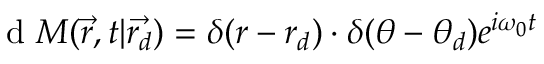
\textrm { d } M ( \overrightarrow { r } , t | \overrightarrow { r _ { d } } ) = \delta ( r - r _ { d } ) \cdot \delta ( \theta - \theta _ { d } ) e ^ { i \omega _ { 0 } t }